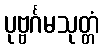
ပုဗ္ဗင်္ဂမသုတ္တံ